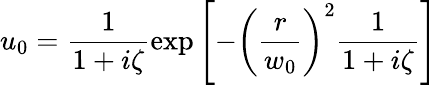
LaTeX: u_{0}=\frac 1{1+i\zeta}\exp\left[-\left(\frac r{w_{0}}\right)^{2}\frac 1{1+i\zeta}\right]